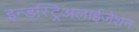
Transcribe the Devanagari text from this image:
इन्डस्ट्रिअलाईज़ेशन